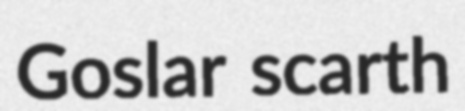
Goslar scarth